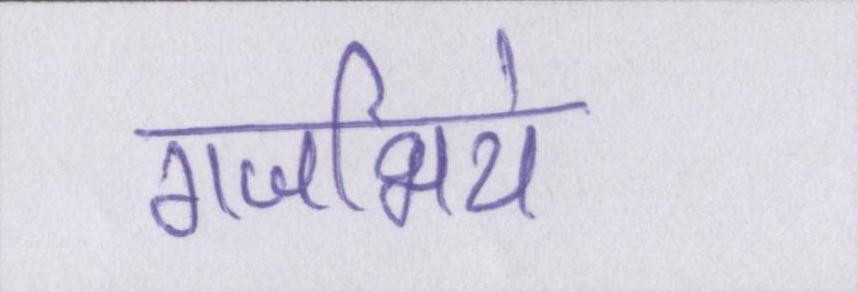
गजभिये